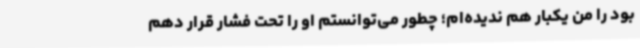
بود را من یکبار هم ندیده‌ام؛ چطور می‌توانستم او را تحت فشار قرار دهم